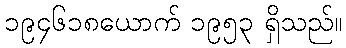
၁၉၄၆၁၈ယောက် ၁၉၅၃ ရှိသည်။